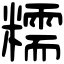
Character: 糯